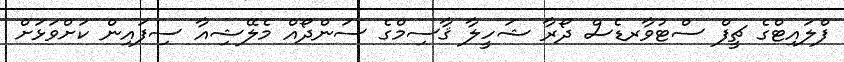
ފްލައިޓްގެ ޗީފް ސްޓުވާރޑެސް ދޯރާ ޝަހީލާ ޤާސިމްގެ ސަންދޯއް މެލޭޝިއާ ސިފައިން ކަށްވަޅަށް